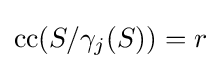
\mathrm {cc} (S/\gamma _{j}(S))=r